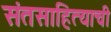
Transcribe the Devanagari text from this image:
संतसाहित्याची